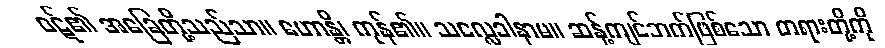
ဝဋ်၏ အခြေတို့သည်သာ။ ဟောန္တိ၊ ကုန်၏။ သလ္လေခါနာမ။ ဆန့်ကျင်ဘက်ဖြစ်သော တရားတို့ကို